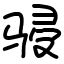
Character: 骎